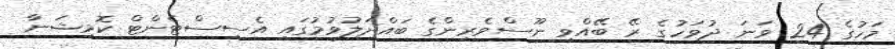
މަހުގެ 24 ވަނަ ދުވަހުގެ ރޭ ބޭއްވި ނޫސްވެރިންގެ ބައްދަލުވުމުގައި އެސިސްޓެންޓް ކޮމިޝަނާ